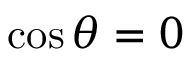
\cos { \theta } = 0